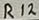
Text: R12